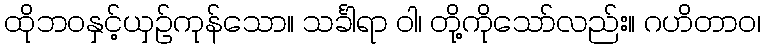
ထိုဘဝနှင့်ယှဉ်ကုန်သော။ သင်္ခါရာ ဝါ၊ တို့ကိုသော်လည်း။ ဂဟိတာဝ၊